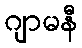
ဂျာမနီ